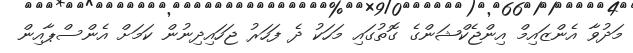
މަދުވާ އެންޒައިމް އިންޖެކްޝަންގެ ގޮތުގައި މަހަކު ދެ ފަހަރު ޖަހައިދިނުން ކަމަށް އެންސްޕާއިން